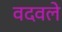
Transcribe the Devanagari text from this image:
वदवले